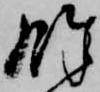
余